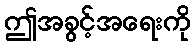
ဤအခွင့်အရေးကို